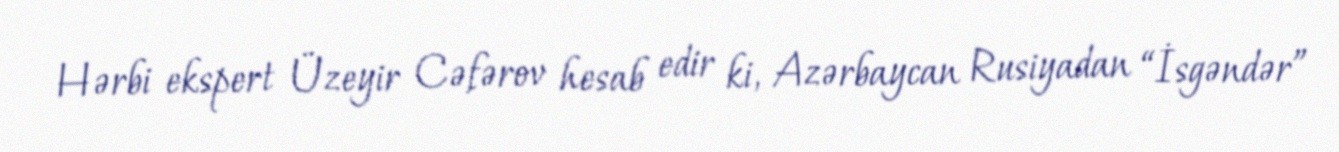
Hərbi ekspert Üzeyir Cəfərov hesab edir ki, Azərbaycan Rusiyadan “İsgəndər”